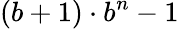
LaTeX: (b+1)\cdot b^{n}-1